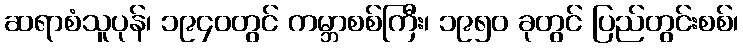
ဆရာစံသူပုန်၊ ၁၉၄၀တွင် ကမ္ဘာစစ်ကြီး၊ ၁၉၅၀ ခုတွင် ပြည်တွင်းစစ်၊